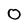
Character: 0